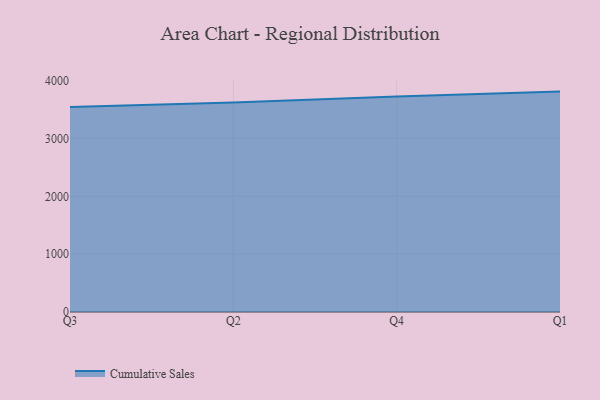
{"axis": {"x": "Quarter", "y": "Headcount"}, "legend": ["Cumulative Sales"], "data": [{"x": "Q3", "y": 3544.2, "type": "Cumulative Sales"}, {"x": "Q2", "y": 3622.0, "type": "Cumulative Sales"}, {"x": "Q4", "y": 3725.3, "type": "Cumulative Sales"}, {"x": "Q1", "y": 3812.0, "type": "Cumulative Sales"}]}